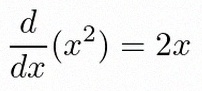
\frac{d}{dx}(x^2)=2x